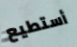
أستطيع